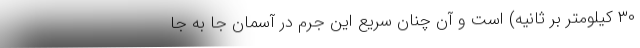
۳۰ کیلومتر بر ثانیه) است و آن چنان سریع این جرم در آسمان جا به جا